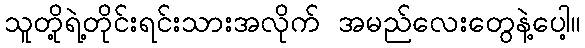
သူတို့ရဲ့တိုင်းရင်းသားအလိုက် အမည်လေးတွေနဲ့ပေါ့။